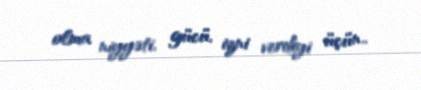
olma niyyəti, gücü, izni verdiyi üçün..